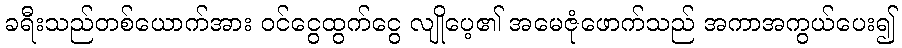
ခရီးသည်တစ်ယောက်အား ဝင်ငွေထွက်ငွေ လျိုပေ့၏ အမေဇုံဖောက်သည် အကာအကွယ်ပေး၍